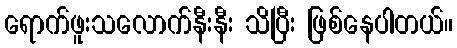
ရောက်ဖူးသလောက်နီးနီး သိပြီး ဖြစ်နေပါတယ်။